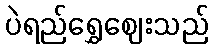
ပဲရည်ရွှေဈေးသည်